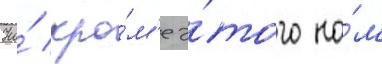
Но́ кро́м'е э́того на́м